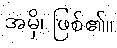
အမှိ၊ ဖြစ်၏။